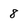
Character: 8